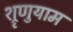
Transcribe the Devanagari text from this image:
श्रृणुयाम